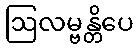
ဩလမ္ဗန္တိပေ